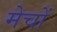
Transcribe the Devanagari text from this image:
मेचों